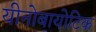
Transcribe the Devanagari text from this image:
यीनोबायोटिक